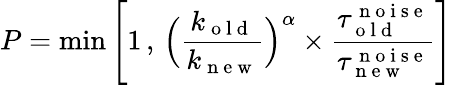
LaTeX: P=\operatorname*{min}\left[1\, ,\, \Big(\frac{k_{\mathrm{~o~l~d~}}}{k_{\mathrm{~n~e~w~}}}\Big)^{\alpha}\times\frac{\tau_{\mathrm{~o~l~d~}}^{\mathrm{~n~o~i~s~e~}}}{\tau_{\mathrm{~n~e~w~}}^{\mathrm{~n~o~i~s~e~}}}\right]